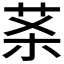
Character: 𰰵